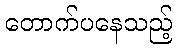
တောက်ပနေသည့်